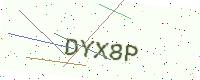
Text: DYX8P